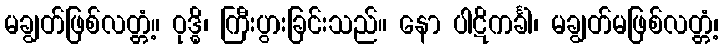
မချွတ်ဖြစ်လတ္တံ့။ ဝုဒ္ဓိ၊ ကြီးပွားခြင်းသည်။ နော ပါဋိကင်္ခါ၊ မချွတ်မဖြစ်လတ္တံ့၊